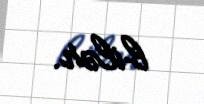
bilər.